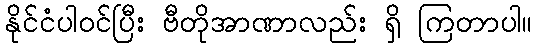
နိုင်ငံပါဝင်ပြီး ဗီတိုအာဏာလည်း ရှိ ကြတာပါ။